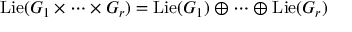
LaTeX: \operatorname { L i e } ( G _ { 1 } \times \cdots \times G _ { r } ) = \operatorname { L i e } ( G _ { 1 } ) \oplus \cdots \oplus \operatorname { L i e } ( G _ { r } )